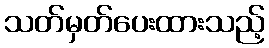
သတ်မှတ်ပေးထားသည့်